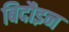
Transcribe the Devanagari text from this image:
बिदौइन